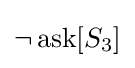
\neg \operatorname {ask} [S_{3}]